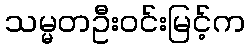
သမ္မတဦးဝင်းမြင့်က